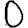
Digit: 0